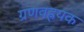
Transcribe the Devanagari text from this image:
ग्रणवह्रयक